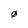
Character: 0